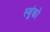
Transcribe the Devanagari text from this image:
स्थुंको